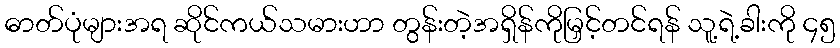
ဓာတ်ပုံများအရ ဆိုင်ကယ်သမားဟာ တွန်းတဲ့အရှိန်ကိုမြှင့်တင်ရန် သူ့ရဲ့ခါးကို ၄၅